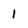
Character: 1